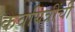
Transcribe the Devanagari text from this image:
कवयित्रींची